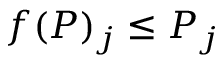
f ( P ) _ { j } \leq P _ { j }